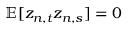
\mathbb { E } [ z _ { n , t } z _ { n , s } ] = 0